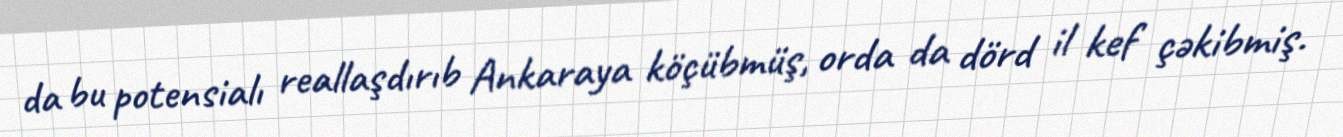
da bu potensialı reallaşdırıb Ankaraya köçübmüş, orda da dörd il kef çəkibmiş.